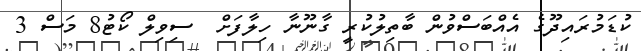
ކުޑަމުރައިދޫގެ އެއްބަސްވުން ބާތިލުކުރީ ގާނޫނާ ހިލާފަށް  ސިވިލް ކޯޓު8 މަސް 3